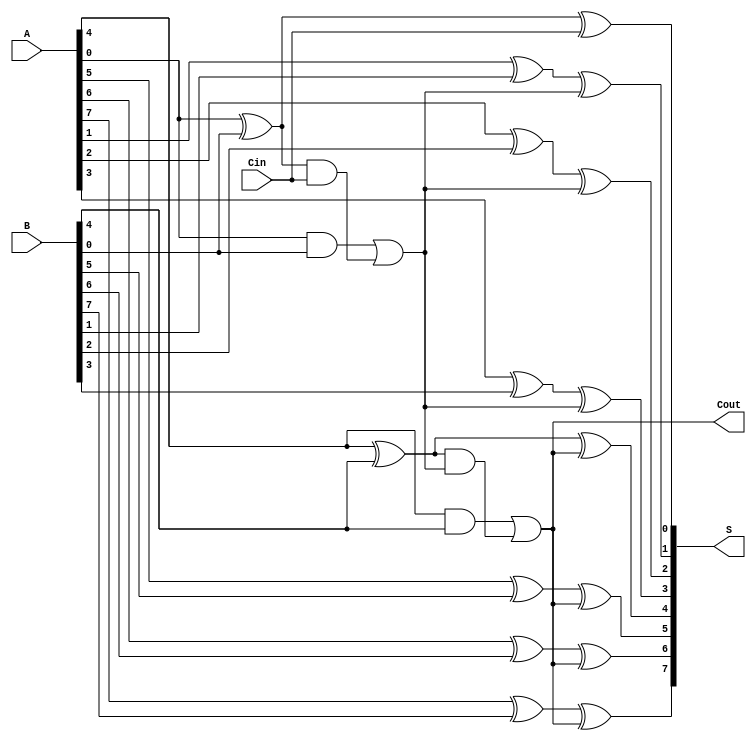
module han_carlson_adder #(parameter N = 8, // Total number of bits
                           parameter GROUP_SIZE = 4) // Group size for carry lookahead
(
    input  [N-1:0] A,        // Input A
    input  [N-1:0] B,        // Input B
    input         Cin,       // Input carry
    output [N-1:0] S,        // Sum output
    output        Cout       // Output carry
);

    // Internal signals
    wire [N-1:0] P; // Propagate signals
    wire [N-1:0] G; // Generate signals
    wire [N/GROUP_SIZE:0] C; // Carry signals for groups

    // Generate and propagate signals
    genvar i;
    generate
        for (i = 0; i < N; i = i + 1) begin : gen_prop
            assign P[i] = A[i] ^ B[i]; // Propagate
            assign G[i] = A[i] & B[i]; // Generate
        end
    endgenerate

    // Carry generation for groups
    generate
        for (i = 0; i < (N / GROUP_SIZE); i = i + 1) begin : carry_gen
            if (i == 0) begin
                assign C[i] = G[i*GROUP_SIZE] | (P[i*GROUP_SIZE] & Cin);
            end else begin
                assign C[i] = G[i*GROUP_SIZE] | (P[i*GROUP_SIZE] & C[i-1]);
            end
        end
    endgenerate

    // Calculate sum bits
    generate
        for (i = 0; i < N; i = i + 1) begin : sum_calc
            if (i == 0) begin
                assign S[i] = P[i] ^ Cin; // LSB sum
            end else begin
                assign S[i] = P[i] ^ C[i/GROUP_SIZE]; // Sum for other bits
            end
        end
    endgenerate

    // Final carry out
    assign Cout = C[N/GROUP_SIZE - 1];

endmodule